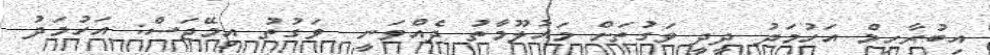
އިބުރާހިމް އަހުމަދު ދީދީ ވަގުތަށް މައުލޫމާތު ދެއްވަނީ  ވަގުތު އިމޭޖަސް: އަހުމަދު